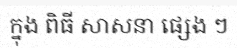
ក្នុង ពិធី សាសនា ផ្សេង ៗ